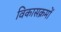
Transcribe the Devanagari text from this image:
विकासक्रमों